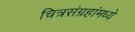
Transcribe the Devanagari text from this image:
चित्रसंग्रहांमध्ये